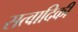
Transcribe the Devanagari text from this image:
सत्वादिकीं